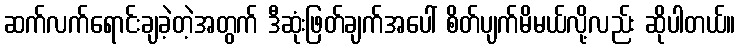
ဆက်လက်ရောင်းချခဲ့တဲ့အတွက် ဒီဆုံးဖြတ်ချက်အပေါ် စိတ်ပျက်မိမယ်လို့လည်း ဆိုပါတယ်။